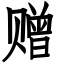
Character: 赠